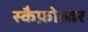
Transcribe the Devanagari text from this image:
स्कैफ़ोल्डर